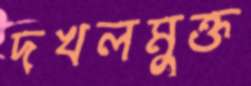
দখলমুক্ত